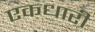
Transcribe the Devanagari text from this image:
एकधारी